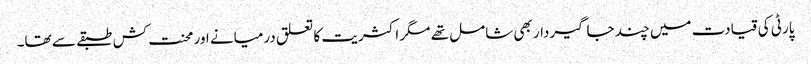
پارٹی کی قیادت میں چند جاگیردار بھی شامل تھے مگر اکثریت کا تعلق درمیانے اور محنت کش طبقے سے تھا۔